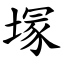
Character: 塜